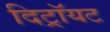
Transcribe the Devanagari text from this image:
दिट्रॉयट